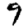
Digit: 9